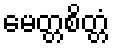
မေတ္တစိတ္တံ